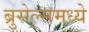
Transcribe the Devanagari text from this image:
ब्रुसेल्समध्ये